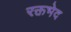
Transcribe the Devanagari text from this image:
रक्तभेद